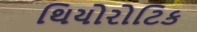
થિયોરોટિક